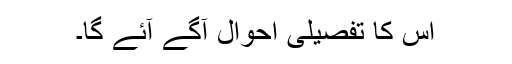
اس کا تفصیلی احوال آگے آئے گا۔